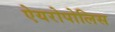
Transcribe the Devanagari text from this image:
ऐयरोपोलिस